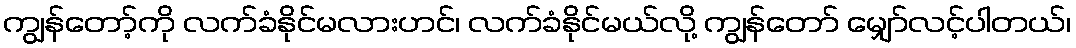
ကျွန်တော့်ကို လက်ခံနိုင်မလားဟင်၊ လက်ခံနိုင်မယ်လို့ ကျွန်တော် မျှော်လင့်ပါတယ်၊